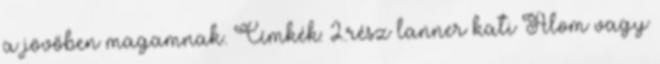
a jövőben magamnak. Címkék: 2.rész lanner kati Álom vagy